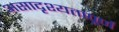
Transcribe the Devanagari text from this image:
असादृश्यतापूर्ण